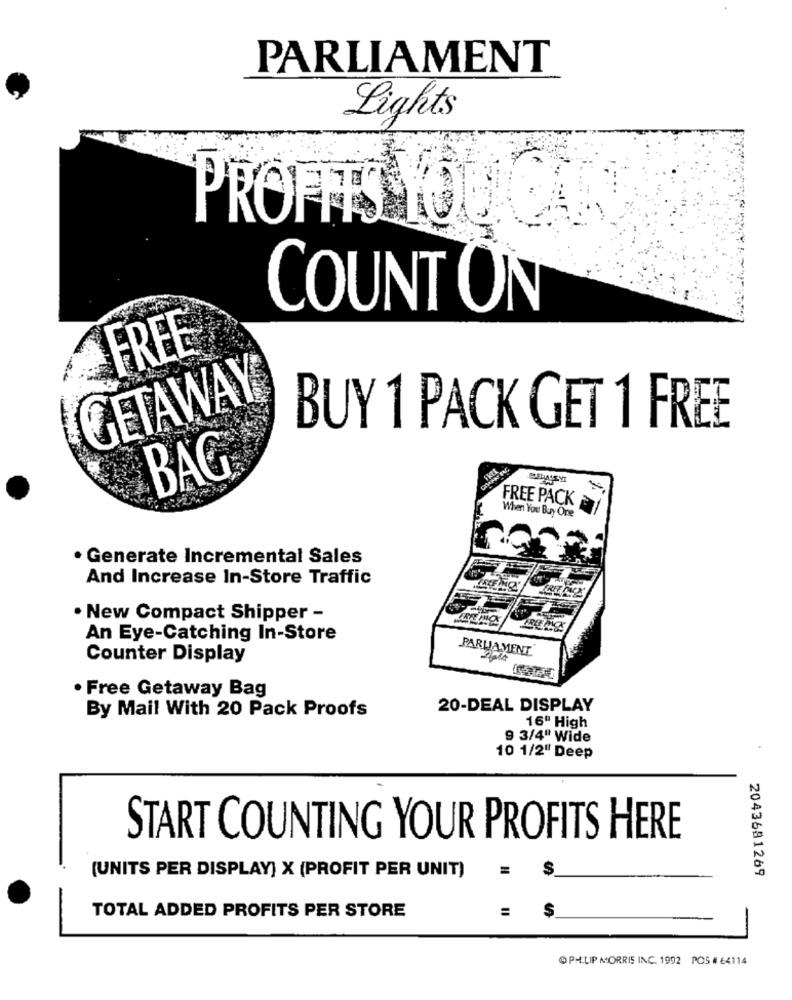
PARLIAMENT
Lights
PROFITS YOU Q
COUNT ON
FREE
GETAWAY
BUY 1 PACK GET 1 FREE
BAG
FREE PACK
When You Buy One
· Generate Incremental Sales
And Increase In-Store Traffic
. New Compact Shipper -
An Eye-Catching In-Store
PARLIAMENT
Counter Display
· Free Getaway Bag
20-DEAL DISPLAY
By Mail With 20 Pack Proofs
16" High
9 3/4" Wide
10 1/2" Deep
START COUNTING YOUR PROFITS HERE
(UNITS PER DISPLAY] X (PROFIT PER UNIT)
2043681269
TOTAL ADDED PROFITS PER STORE
$
OPHILIP MORRIS INC. 1992 POS # 64114